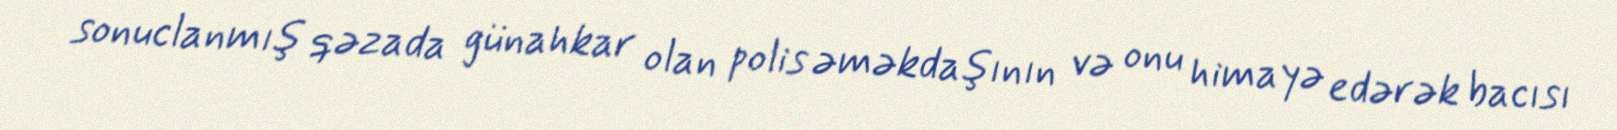
sonuclanmış qəzada günahkar olan polis əməkdaşının və onu himayə edərək bacısı